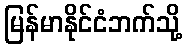
မြန်မာနိုင်ငံဘက်သို့